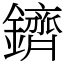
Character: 鑇